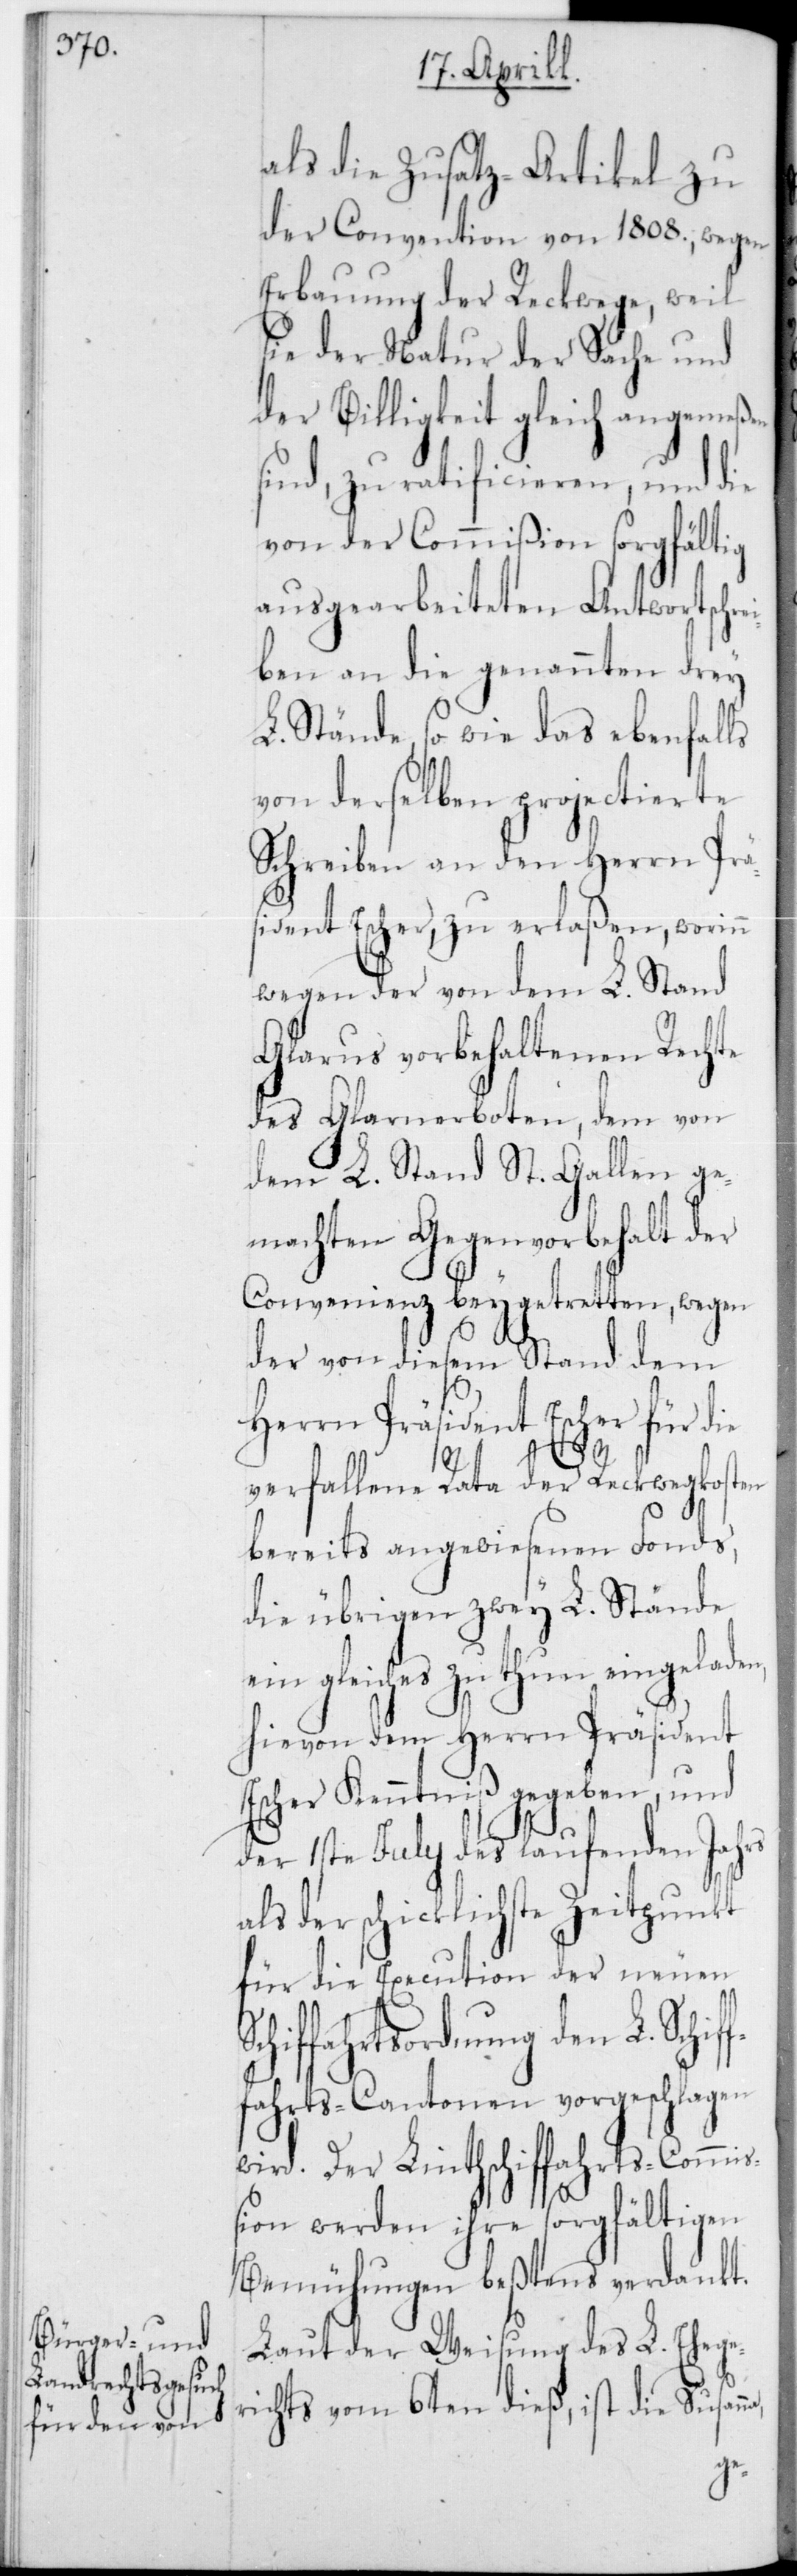
als die Zusatz-Artikel zu
der Convention von 1808, wegen
Erbauung der Reckwege, weil
sie der Natur der Sache und
der Billigkeit gleich angemeßen
sind, zu ratificieren, und die
von der Commißion sorgfältig
ausgearbeiteten Antwortschre¬
iben an die genannten drey
L. Stände, so wie das ebenfalls
von derselben projectierte
Schreiben an den Herrn Prä¬
sident Escher, zu erlaßen, worinn
wegen der von dem L. Stand
Glarus vorbehaltenen Rechte
des Glarnerboten, dem von
dem L. Stand St. Gallen ge¬
machten Gegenvorbehalt der
Convenienz beygetretten, wegen
der von diesem Stand dem
ist
Herrn Präsident Escher für die
d¬
Sch¬
verfallene Rata der Reckwegkosten
bereits angewiesenen Fonds,
die übrigen zwey L. Stände
ein Gleiches zu thun eingeladen,
hievon dem Herrn Präsident
Escher Kenntniß gegeben, und
er 1ste July des laufenden Jahrs
als der schicklichste Zeitpunkt
für die Execution der neuen
richts vom 6ten dieß,
fahrts-Cantonen vorgeschlagen
wird. Der Linthschiffahrts-Commi¬
ßion werden ihre sorgfältigen
Bemühungen bestens verdankt.
Laut der Weisung des L. Ehege¬